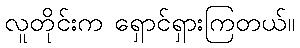
လူတိုင်းက ရှောင်ရှားကြတယ်။